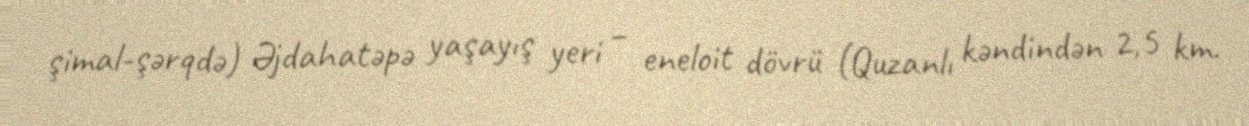
şimal-şərqdə) Əjdahatəpə yaşayış yeri – eneloit dövrü (Quzanlı kəndindən 2,5 km.